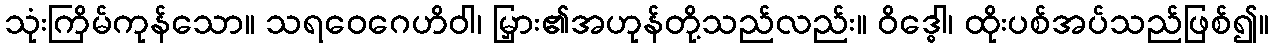
သုံးကြိမ်ကုန်သော။ သရဝေဂေဟိဝါ၊ မြှား၏အဟုန်တို့သည်လည်း။ ဝိဒ္ဓေါ၊ ထိုးပစ်အပ်သည်ဖြစ်၍။